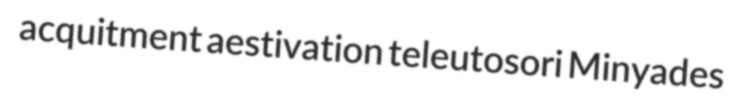
acquitment aestivation teleutosori Minyades